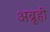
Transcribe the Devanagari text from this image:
अब्रूही